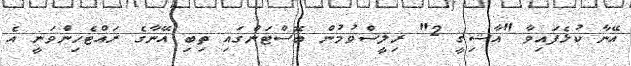
އޭނާ ކުޅެފައިވާ "އާޝިޤީ 2" ރިލީސްވުމުން ބޮސްޓަންގައި ތިބި އޭނާގެ ރައްޓެހިންވަނީ އެ